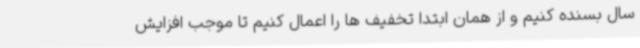
سال بسنده کنیم و از همان ابتدا تخفیف ها را اعمال کنیم تا موجب افزایش